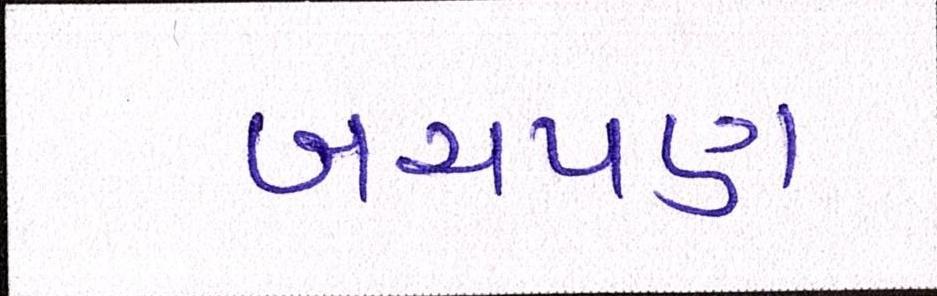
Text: બચપણ